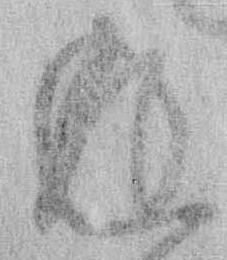
返